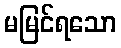
မမြင်ရသော